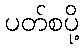
ပတ်စပို့